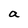
Character: a